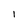
Character: 1